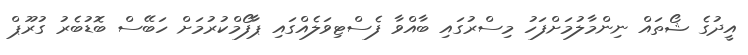
އީދުގެ ޝޯތައް ނިންމާލުމަށްފަހު މިސްރުގައި ބާއްވާ ފެސްޓިވަަލެއްގައި ޕާފޯމްކުރުމަށް ހަބޭސް ބޮޑުބެރު ގުރޫޕް